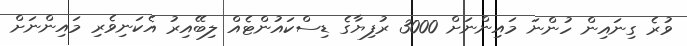
ވުރެ ގިނައިން ހުންނަ މައިންނަށް 3000 ރުފިޔާގެ ޑިސްކައުންޓެއް ލިބޭއިރު އެކަނިވެރި މައިންނަށް